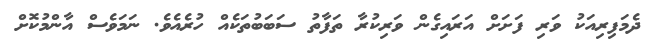
ދެމަފިރިއަކު ވަރި ފަށަށް އަރައިގެން ވަރިކުރާ ތަފާތު ސަބަބުތަކެއް ހުރެއެވެ. ނަމަވެސް އާންމުކޮށް